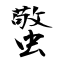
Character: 蟼